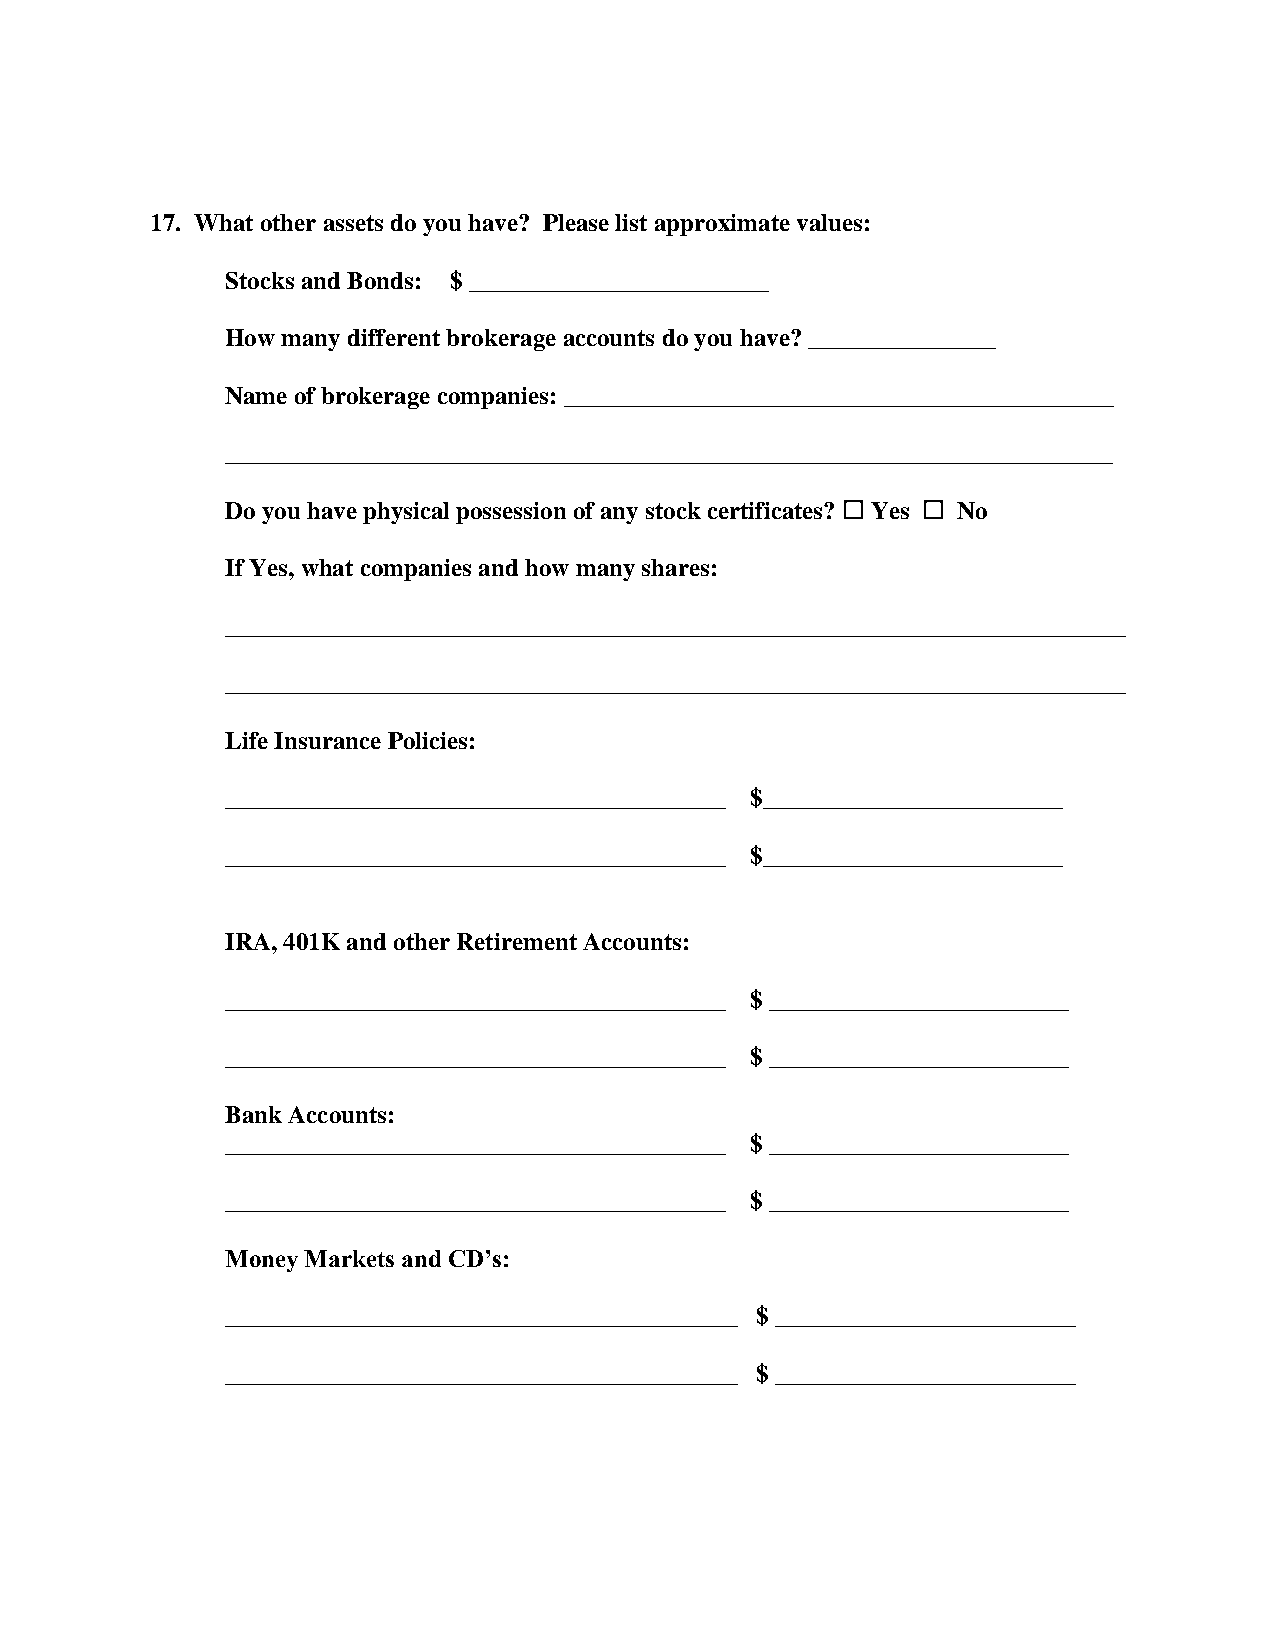
17. What other assets do you have? Please list approximate values:
 Stocks and Bonds: $ ________________________
 How many different brokerage accounts do you have? _______________
 Name of brokerage companies: ____________________________________________
 _______________________________________________________________________
 Do you have physical possession of any stock certificates?  Yes  No
 If Yes, what companies and how many shares:
 ________________________________________________________________________
 ________________________________________________________________________
 Life Insurance Policies:
 ________________________________________ $________________________
 ________________________________________ $________________________
 IRA, 401K and other Retirement Accounts:
 ________________________________________ $ ________________________
 ________________________________________ $ ________________________
 Bank Accounts:
 ________________________________________ $ ________________________
 ________________________________________ $ ________________________
 Money Markets and CD’s:
 _________________________________________ $ ________________________
 _________________________________________ $ ________________________